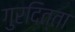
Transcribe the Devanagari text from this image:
गुरदित्ता